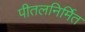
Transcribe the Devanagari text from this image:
पीतलनिर्मित